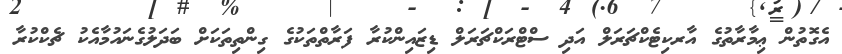
އެގޮތުން ޢިމާރާތުގެ އާރކިޓެކްޗަރަލް އަދި ސްޓްރަކްޗަރަލް ޑިޒައިންކުރާ ފަރާތްތަކުގެ ގިންތިތަކަށް ބަދަލުގެނައުމާއެކު ޗެކްކުރާ